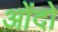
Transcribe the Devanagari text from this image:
ओंदो